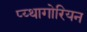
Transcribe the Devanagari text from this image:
प्य्थागोरियन